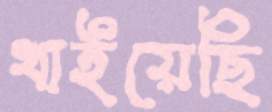
খাইয়েছি